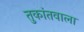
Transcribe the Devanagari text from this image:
तुकांतवाला